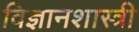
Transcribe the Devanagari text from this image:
विज्ञानशास्त्री